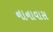
નાનાવાસ